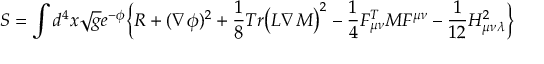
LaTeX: S = \int d ^ { 4 } x \sqrt { { g } } e ^ { - \phi } \Bigl \{ { R } + ( { \nabla } \phi ) ^ { 2 } + \frac { 1 } { 8 } T r \bigl ( { \cal L } \nabla { \cal M } \bigr ) ^ { 2 } - \frac { 1 } { 4 } { \cal F } _ { \mu \nu } ^ { T } { \cal M } { \cal F } ^ { \mu \nu } - \frac { 1 } { 1 2 } { H } _ { \mu \nu \lambda } ^ { 2 } \Bigr \}